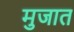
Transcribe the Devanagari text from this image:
मुजात